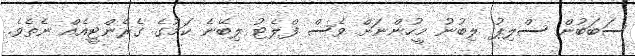
ސަބަބުން ސްލިޕު ލިބުނު މީހުންނަށް ވެސް ފްލެޓު ލިބޭނެ ކަމުގެ ގެރެންޓީއެއް ނެތެވެ.